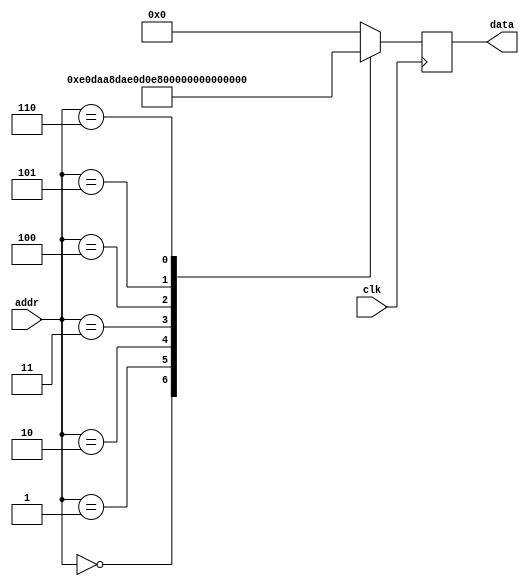
module rom #(
        parameter   DATA_WIDTH = 16,
        parameter   ADDR_WIDTH = 8          // 2 * 1024 bytes of ROM
    )(
        input  wire                  clk,
        input  wire [ADDR_WIDTH-1:0] addr,  // here comes the program counter
        output  reg [DATA_WIDTH-1:0] data   // here goes the instruction
    );

    reg [DATA_WIDTH-1:0] value;

    /* de scris niste instructiuni valide */
    always @* begin
        case (addr)
		  	// r29 = 10	
		   /*	 ldi 	r29, 10  */
			0:		value = 16'b1110000011011010;
			// mem[10 - START] = 10
			/*	 sts 	r29, 10 		*/
			1:		value = 16'b1010100011011010;
			// r29 = 10	
			/*	 ldi 	r29, 0 		*/
			2:		value = 16'b1110000011010000;
			// r28 = 138
			/*	 ldi 	r28, 138 		*/
			3:		value = 16'b1110100011001010;
			// r27 = mem[r29:r28] = mem[138 - start]	
			/*	 ld 	r27, y 	*/
			4:		value = 16'b1000000110111000;
			// r28 = mem[10 - start]
			/*	 lds 	r28, 10 		*/
			5:		value = 16'b1010000011001010;
			// r27 = r28
			/*	 mov 	r27, r28 		*/
			6:		value = 16'b0010111110111100;
			default:		value = 16'b0000000000000000;

        endcase
    end

    always @(negedge clk) begin
        data <= value;
    end

endmodule